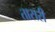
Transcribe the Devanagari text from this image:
तासरी